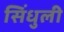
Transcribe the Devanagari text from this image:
सिंधुली